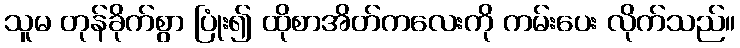
သူမ တုန်ခိုက်စွာ ပြုံး၍ ထိုစာအိတ်ကလေးကို ကမ်းပေး လိုက်သည်။